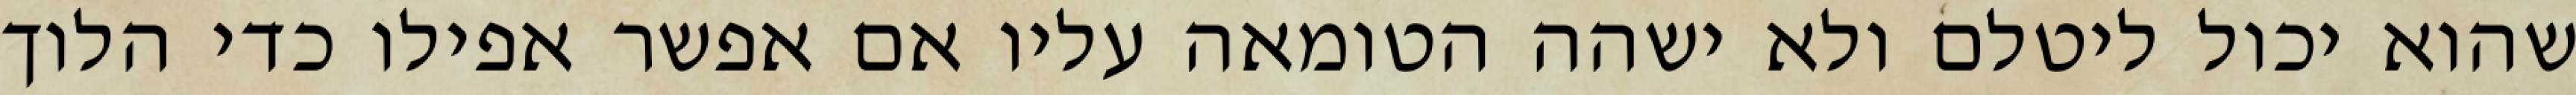
שהוא יכול ליטלם ולא ישהה הטומאה עליו אם אפשר אפילו כדי הלוך